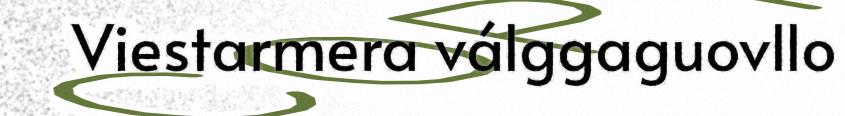
Viestarmera válggaguovllo